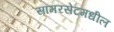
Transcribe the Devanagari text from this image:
सॉमरसेटमधील